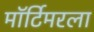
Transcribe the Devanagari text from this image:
मॉर्टिमरला